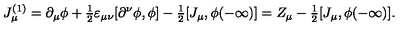
J _ { \mu } ^ { ( 1 ) } = \partial _ { \mu } \phi + { \textstyle \frac 1 2 } \varepsilon _ { \mu \nu } [ \partial ^ { \nu } \phi , \phi ] - { \textstyle \frac 1 2 } [ J _ { \mu } , \phi ( - \infty ) ] = Z _ { \mu } - { \textstyle \frac 1 2 } [ J _ { \mu } , \phi ( - \infty ) ] .